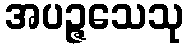
အပဉ္ဇသေသု